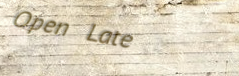
Open Late